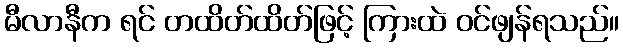
မီလာနီက ရင် တထိတ်ထိတ်ဖြင့် ကြားထဲ ဝင်ဖျန်ရသည်။